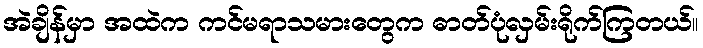
အဲချိန်မှာ အထဲက ကင်မရာသမားတွေက ဓာတ်ပုံလှမ်းရိုက်ကြတယ်။